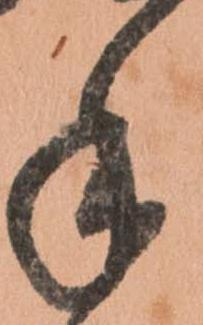
手